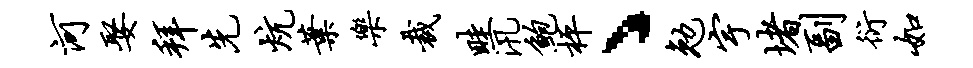
河娶拜先炕叶乐裁畦汛鲍枰丶勉宇堵副衍如